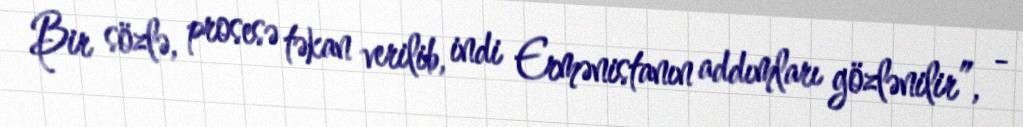
Bir sözlə, prosesə təkan verilib, indi Ermənistanın addımları gözlənilir”, -